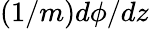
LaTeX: (1/m)d\phi/dz